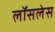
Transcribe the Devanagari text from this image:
लॉसलेस